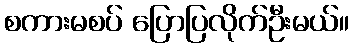
စကားမစပ် ပြောပြလိုက်ဦးမယ်။